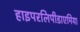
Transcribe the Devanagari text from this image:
हाइपरलिपीडाएमिया